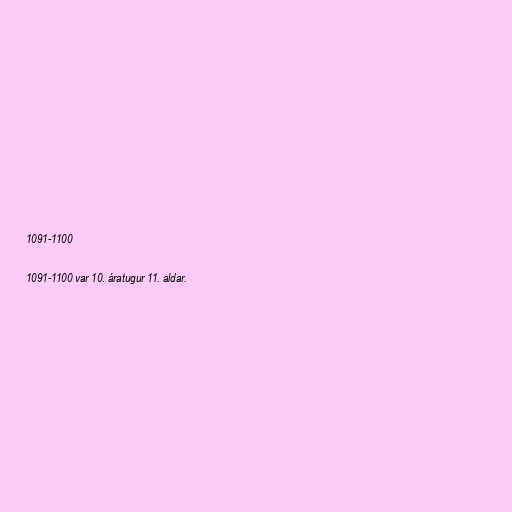
1091-1100

1091-1100 var 10. áratugur 11. aldar.